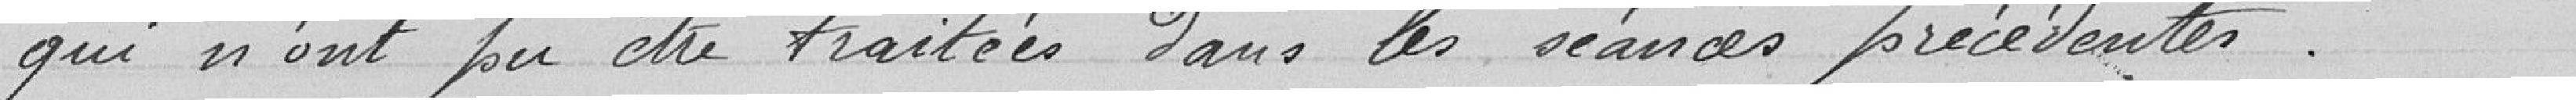
qui n'ont pas été traitées dans les séances précédentes.